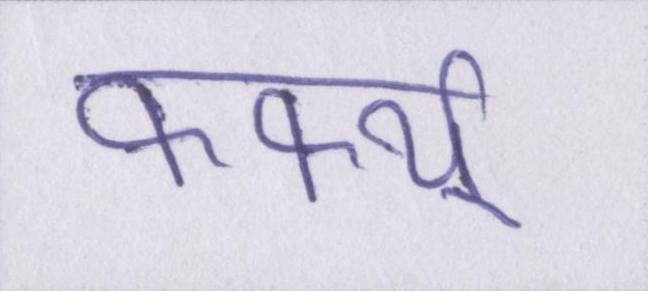
कर्फ्यू